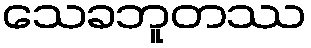
သေခဘူတဿ